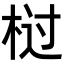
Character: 𭪆